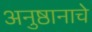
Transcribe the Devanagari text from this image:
अनुष्ठानाचे